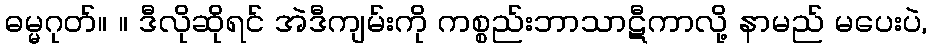
ဓမ္မဂုတ်။ ။ ဒီလိုဆိုရင် အဲဒီကျမ်းကို ကစ္စည်းဘာသာဋီကာလို့ နာမည် မပေးပဲ,